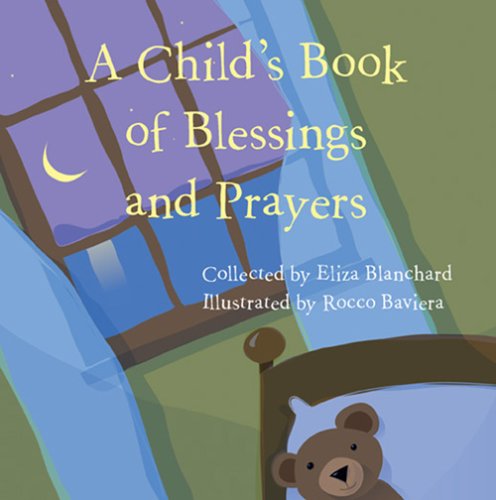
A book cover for A Child's Book of Blessings and Prayers; Eliza Blanchard; Children's Books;